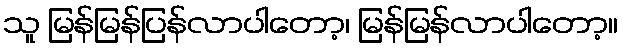
သူ မြန်မြန်ပြန်လာပါတော့၊ မြန်မြန်လာပါတော့။